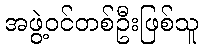
အဖွဲ့ဝင်တစ်ဦးဖြစ်သူ